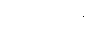
သူမတို့၏။